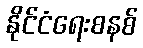
နိုင်ငံရေးစနစ်